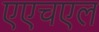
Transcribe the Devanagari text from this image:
एएचएल